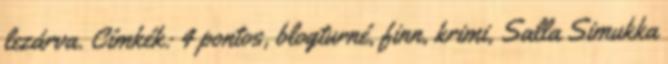
lezárva. Címkék: 4 pontos, blogturné, finn, krimi, Salla Simukka